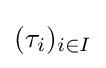
(\tau _{i})_{i\in I}